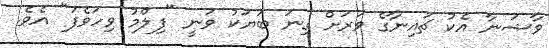
ވާޝަނާ އެކު ޗައިނާގެ ވަރަށް ގިނަ ބަޔަކު ވަނީ "ފިލްމު ވިހަވެފަ" އެވެ.